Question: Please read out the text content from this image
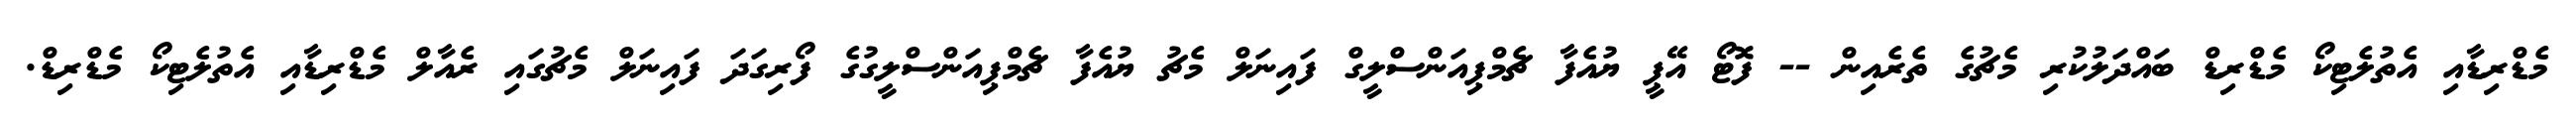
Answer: މެޑްރިޑާއި އެތުލެޓިކޯ މެޑްރިޑް ބައްދަލުކުރި މެޗުގެ ތެރެއިން -- ފޮޓޯ އޭޕީ ޔުއެފާ ޗެމްޕިއަންސްލީގް ފައިނަލް މެޗު ޔުއެފާ ޗެމްޕިއަންސްލީގުގެ ފޯރިގަދަ ފައިނަލް މެޗުގައި ރެއާލް މެޑްރިޑާއި އެތުލެޓިކޯ މެޑްރިޑް.